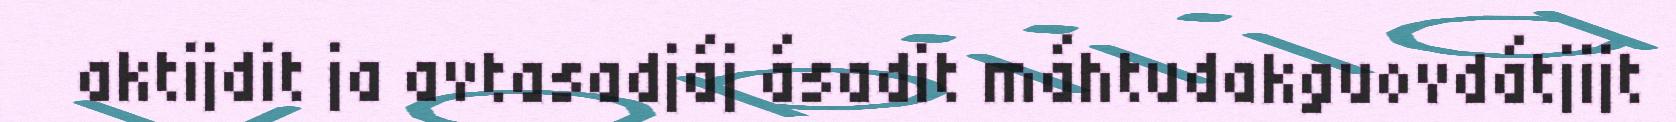
aktijdit ja avtasadjáj ásadit máhtudakguovdátjijt